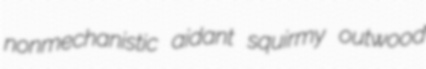
nonmechanistic aidant squirmy outwood